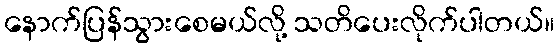
နောက်ပြန်သွားစေမယ်လို့ သတိပေးလိုက်ပါတယ်။